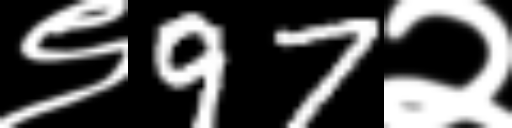
Text: ९97२